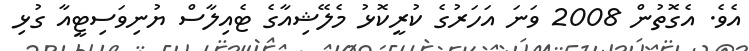
އެވެ. އެގޮތުން 2008 ވަނަ އަހަރުގެ ކުރީކޮޅު މެލޭޝިއާގެ ޓެއިލާސް ޔުނިވަސިޓީއާ ގުޅި